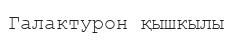
Галактурон қышкылы